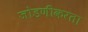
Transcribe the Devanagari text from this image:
जोडणीकरता